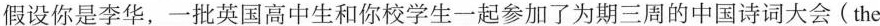
假设你是李华，一批英国高中生和你校学生一起参加了为期三周的中国诗词大会(the